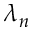
\lambda _ { n }